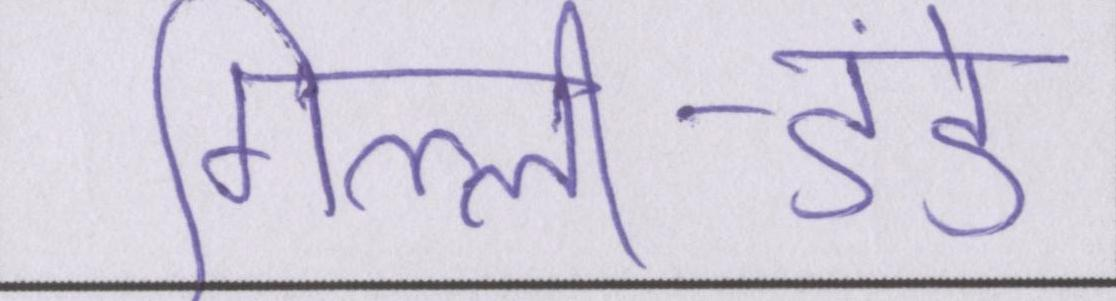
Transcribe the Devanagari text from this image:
गिल्ली-डंडे